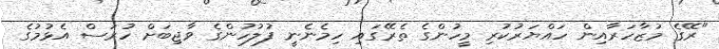
"ރޭގެ މުޒާހަރާއިން ހައްޔަރުކުރި މީހުންގެ ތެރޭގައި ހިމެނެނީ ފުލުހުންގެ ވާޖިބަށް ހުރަސް އެޅުމުގެ